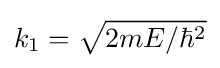
k_{1}={\sqrt {2mE/\hbar ^{2}}}